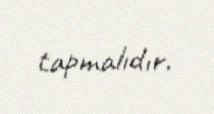
tapmalıdır.